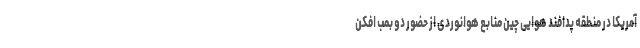
آمریکا در منطقه پدافند هوایی چین منابع هوانوردی از حضور دو بمب افکن